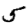
Digit: 5